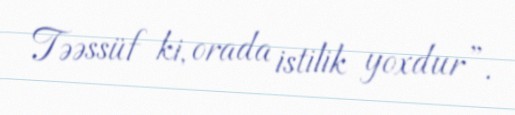
Təəssüf ki, orada istilik yoxdur”.